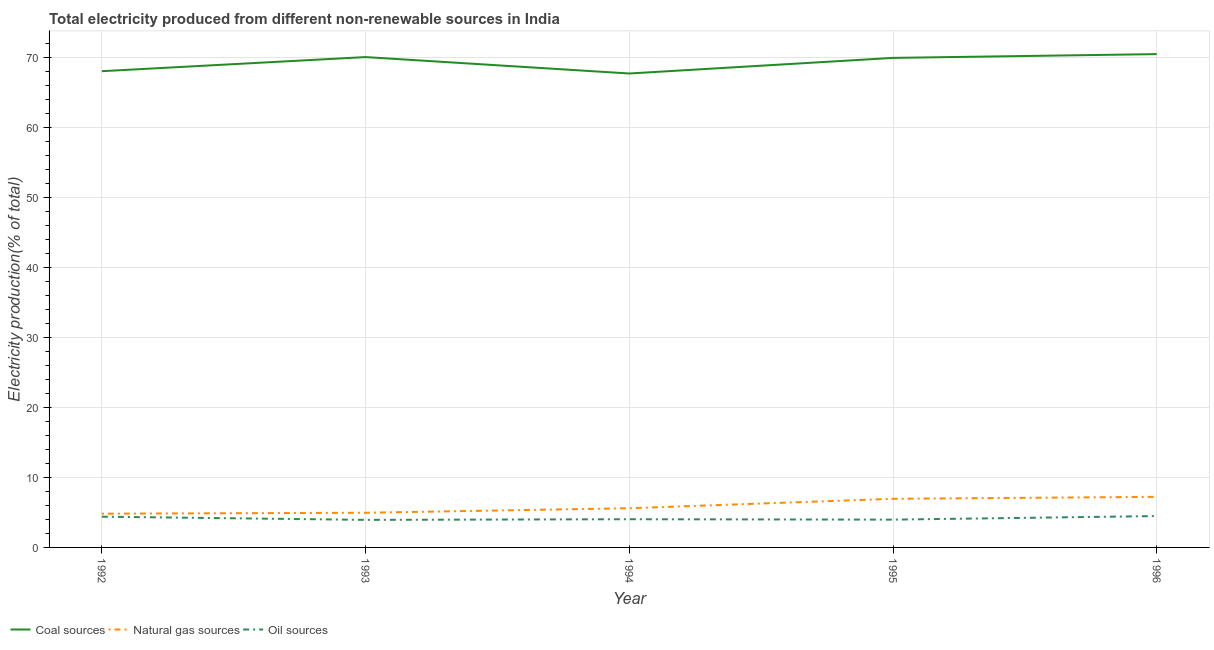
| Year | Coal sources | Natural gas sources | Oil sources |
 | --- | --- | --- | --- |
 | 1992 | 68 | 4.82 | 4.39 |
 | 1993 | 70.1 | 4.95 | 3.94 |
 | 1994 | 67.7 | 5.6 | 4.03 |
 | 1995 | 69.9 | 6.95 | 3.97 |
 | 1996 | 70.5 | 7.23 | 4.48 |